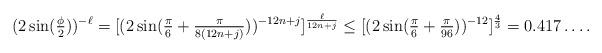
LaTeX: \begin{align*} (2 \sin(\tfrac{\phi}{2}))^{-\ell} = [(2 \sin(\tfrac{\pi}{6} + \tfrac{\pi}{8(12n+j)}))^{-12n+j}]^{\frac{\ell}{12n+j}} \leq [(2 \sin(\tfrac{\pi}{6} + \tfrac{\pi}{96}))^{-12}]^{\frac43} = 0.417\dots.\end{align*}